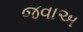
જવાઅ